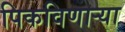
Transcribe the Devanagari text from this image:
पिकविणार्‍या